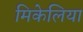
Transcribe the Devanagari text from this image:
मिकेलिया